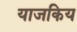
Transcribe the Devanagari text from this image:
याजकिय